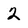
Character: 2